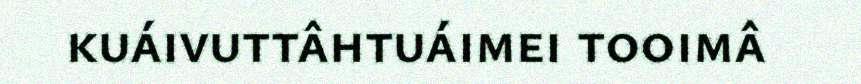
kuáivuttâhtuáimei tooimâ